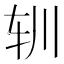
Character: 𰹳